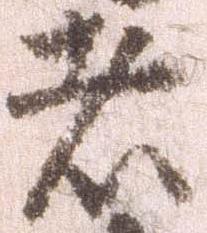
者